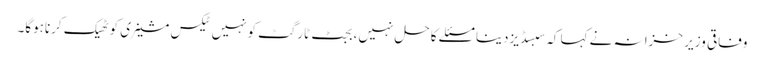
وفاقی وزیر خزانہ نے کہا کہ سبسڈیزدینا مسئلے کاحل نہیں،بجٹ ٹارگٹ کونہیں ٹیکس مشینری کوٹھیک کرناہوگا۔